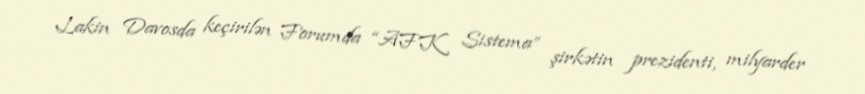
Lakin Davosda keçirilən Forumda “AFK Sistema” şirkətin prezidenti, milyarder